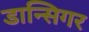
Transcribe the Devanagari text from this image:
डान्सिगर